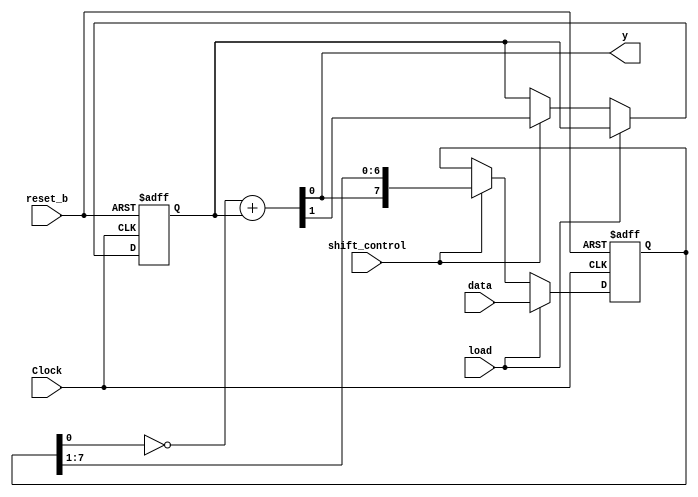
module Serial_Twos_Comp (output y, input [7: 0] data, input load, shift_control, Clock, reset_b);

	reg [7: 0] shiftregister;
	reg carry;
	wire result;
	wire next_carry;

	always @(posedge Clock, negedge reset_b) begin
		if(reset_b == 0) begin
			carry <= 1;
			shiftregister <= 0;
		end
		else if(load == 1) begin
			shiftregister <= data;
		end
		else if(shift_control == 1) begin
			carry <= next_carry;
			shiftregister <= {result, shiftregister[7: 1]};
		end

	end
	assign {next_carry, result} = !shiftregister[0] + carry;
	assign y = result;

endmodule